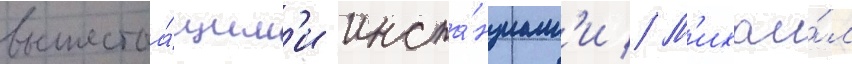
вышестоа́щим'и инста́нциам'и // М'ихаи́л